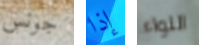
جونس إذا اللواء